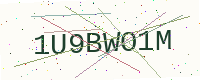
Text: 1U9BWO1M